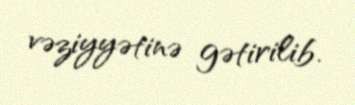
vəziyyətinə gətirilib.